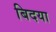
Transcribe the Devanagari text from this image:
बिदया